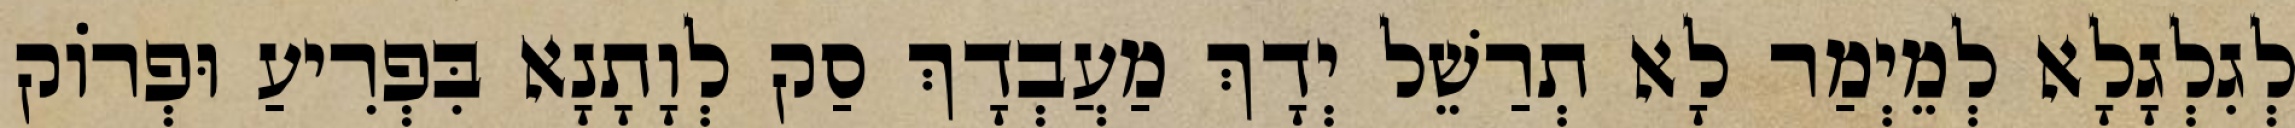
לְגִלְגָלָא לְמֵיְמַר לָא תְרַשֵׁל יְדָךְ מַעֲבְדָךְ סַק לְוָתָנָא בִּפְרִיעַ וּפְרוֹק